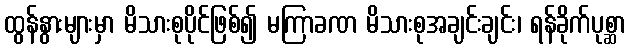
ထွန်နွားများမှာ မိသားစုပိုင်ဖြစ်၍ မကြာခဏ မိသားစုအချင်းချင်း၊ ရန်ခိုက်ပုစ္ဆာ